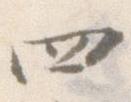
四